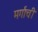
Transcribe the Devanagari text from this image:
मर्गाची